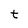
Character: t